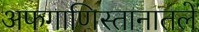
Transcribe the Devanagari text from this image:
अफगाणिस्तानातले